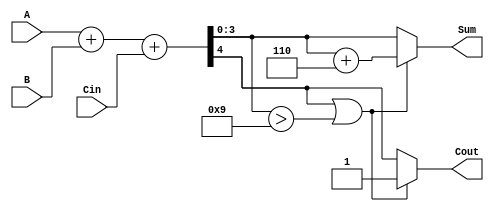
module BCD_Hybrid_Adder (
    input [3:0] A,       // First BCD digit (0-9)
    input [3:0] B,       // Second BCD digit (0-9)
    input Cin,           // Carry input
    output reg [3:0] Sum,// BCD sum output
    output reg Cout      // Carry output
);

    wire [4:0] S;       // 5-bit sum for A + B + Cin
    wire [3:0] corrected_sum; // Sum after BCD correction

    // Binary addition
    assign S = A + B + Cin;

    // BCD correction logic
    always @(*) begin
        // Default values
        Sum = S[3:0]; // Initialize Sum to binary sum
        Cout = S[4];  // Set Cout to the carry from binary addition

        // Check if correction is needed (valid BCD is 0-9)
        if (S[4] || (S[3:0] > 4'd9)) begin
            // Add 6 (0110) for BCD correction
            {Cout, corrected_sum} = {1'b0, S[3:0]} + 4'b0110;
            Sum = corrected_sum; // Assign the corrected sum
            Cout = 1; // Set Cout to indicate overflow
        end
    end

endmodule